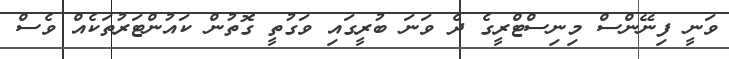
ވަނީ ފިނޭންސް މިނިސްޓްރީގެ ދެ ވަނަ ބުރީގައި ވަގުތީ ގޮތުން ކައުންޓަރުތަކެއް ވެސް